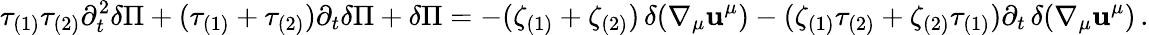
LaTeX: \tau_{(1)}\tau_{(2)}\partial_{t}^{2}\delta\Pi+(\tau_{(1)}+\tau_{(2)})\partial_{t}\delta\Pi+\delta\Pi=-(\zeta_{(1)}+\zeta_{(2)})\, \delta(\nabla_{\mu}\mathbf{u}^{\mu})-(\zeta_{(1)}\tau_{(2)}+\zeta_{(2)}\tau_{(1)})\partial_{t}\, \delta(\nabla_{\mu}\mathbf{u}^{\mu})\, .